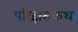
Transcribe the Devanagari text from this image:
परिहासकथा